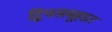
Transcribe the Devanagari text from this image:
द्विपसमूहात